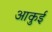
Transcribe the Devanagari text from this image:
आकुई